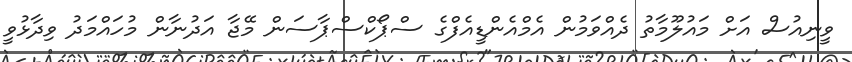
ވީނިއުސް އަށް މައުލޫމާތު ދެއްވަމުން އެމްއެންޑީއެފްގެ ސްޕޯކްސްޕާސަން މޭޖާ އަދުނާން މުހައްމަދު ވިދާޅުވީ